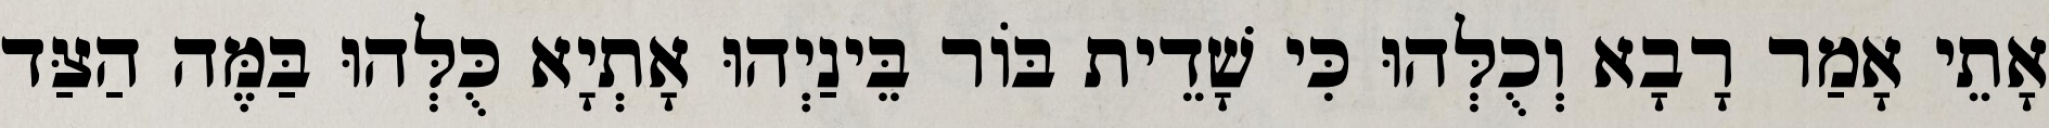
אָתֵי אָמַר רָבָא וְכֻלְּהוּ כִּי שָׁדֵית בּוֹר בֵּינַיְהוּ אָתְיָא כֻּלְּהוּ בַּמֶּה הַצַּד